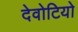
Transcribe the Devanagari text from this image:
देवोटियो